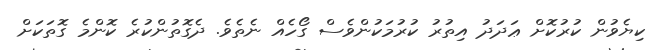
ކިޔެވުން ކުރުކޮށް ޢަދަދު އިތުރު ކުރުމަކުންވެސް ގޯހެއް ނެތެވެ. ދެގޮތުންކުރެ ކޮންމެ ގޮތަކަށް